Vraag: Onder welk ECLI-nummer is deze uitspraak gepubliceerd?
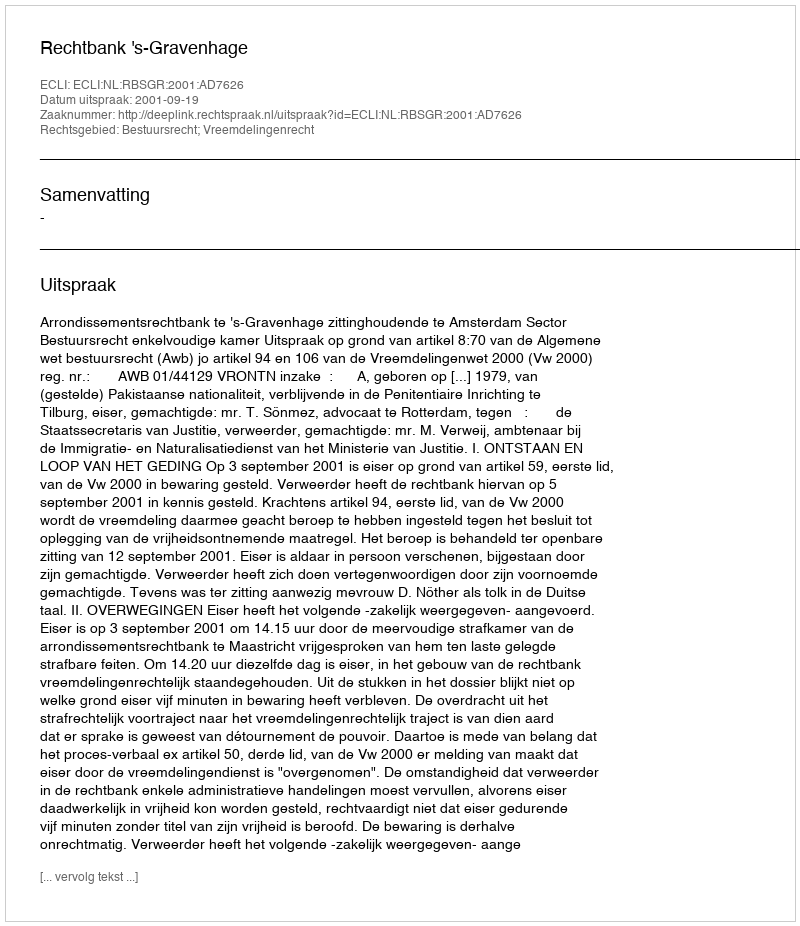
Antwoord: ECLI:NL:RBSGR:2001:AD7626